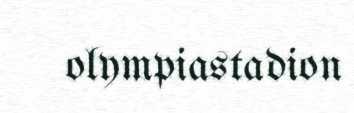
olympiastadion